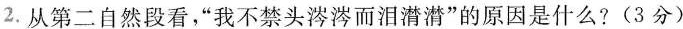
2.从第二自然段看，”我不禁头涔涔而泪潸潸”的原因是什么?(3分)。